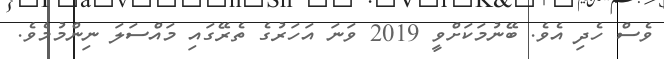
ވެސް ހެދި އެވެ. ބޭނުމަކަށްވީ 2019 ވަނަ އަހަރުގެ ތެރޭގައި މައްސަލަ ނިންމުމެވެ.